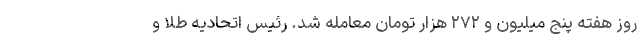
روز هفته پنج میلیون و ۲۷۲ هزار تومان معامله شد. رئیس اتحادیه طلا و